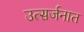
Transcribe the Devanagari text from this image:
उत्सर्जनात